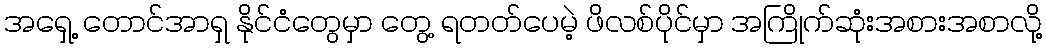
အရှေ့ တောင်အာရှ နိုင်ငံတွေမှာ တွေ့ ရတတ်ပေမဲ့ ဖိလစ်ပိုင်မှာ အကြိုက်ဆုံးအစားအစာလို့